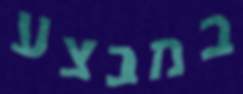
במבצע